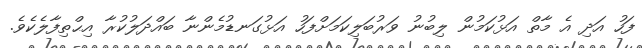
ފަހު އަދި އެ މާތް އަޅުކަމުން ލިބުނު ވަރުބަލިކަމަށްފަހު އަޅުގަނޑުމެންނާ ބައްދަލުކުރާ އިޙްތިފާލެކެވެ.